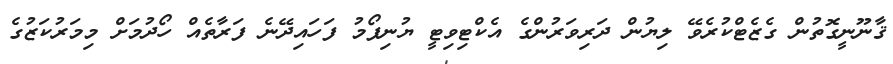
ޤާނޫނީގޮތުން ގެޒެޓްކުރެވޭ ލިޔުން ދަރިވަރުންގެ އެކްޓިވިޓީ ޔުނިފޯމު ފަހައިދޭނެ ފަރާތެއް ހޯދުމަށް މިމަރުކަޒުގެ